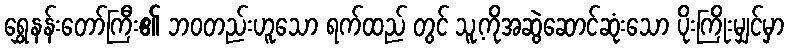
ရွှေနန်းတော်ကြီး၏ ဘဝတည်းဟူသော ရက်ထည် တွင် သူ့ကိုအဆွဲဆောင်ဆုံးသော ပိုးကြိုးမျှင်မှာ